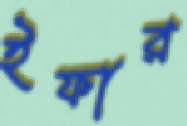
ইফার